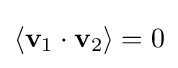
\langle \mathbf {v} _{1}\cdot \mathbf {v} _{2}\rangle =0